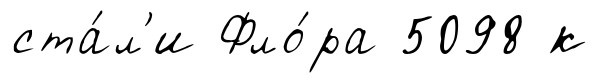
ста́л'и Фло́ра 5098 к